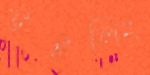
উইলিং